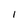
Character: I